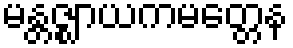
မန္တဇ္ဈာယကမတ္တေန